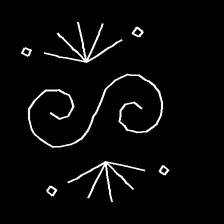
Glyph: aeroform